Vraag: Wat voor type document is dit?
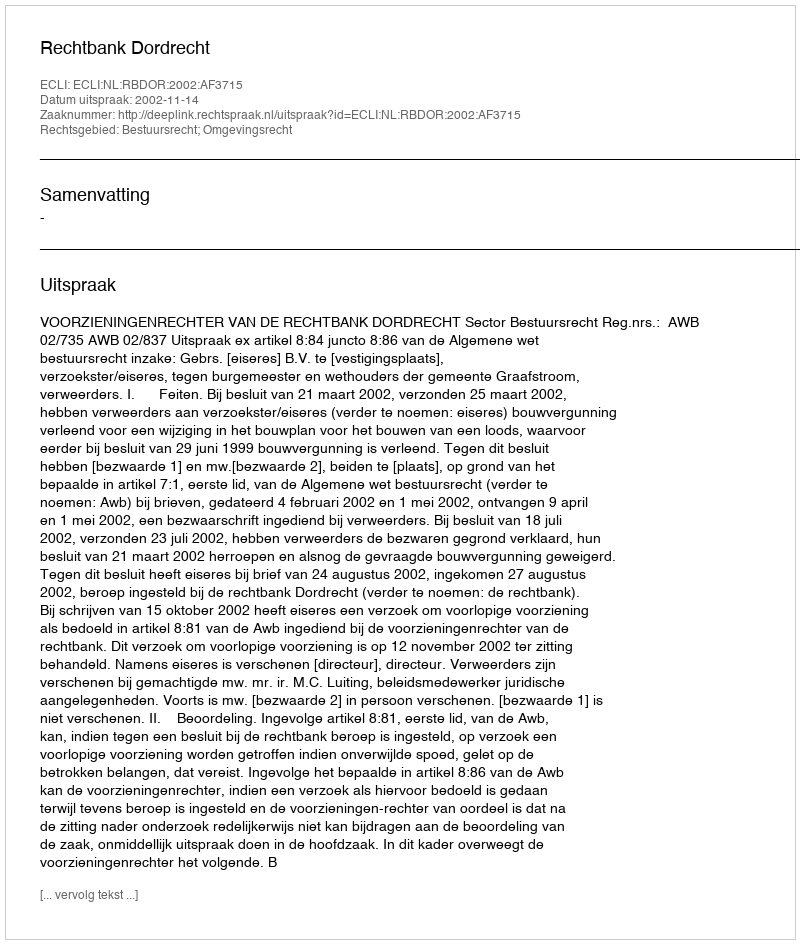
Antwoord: Uitspraak